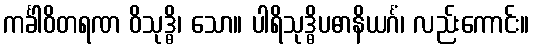
ကင်္ခါဝိတရဏ ဝိသုဒ္ဓိ၊ သော။ ပါရိသုဒ္ဓိပဓာနိယင်္ဂံ၊ လည်းကောင်း။